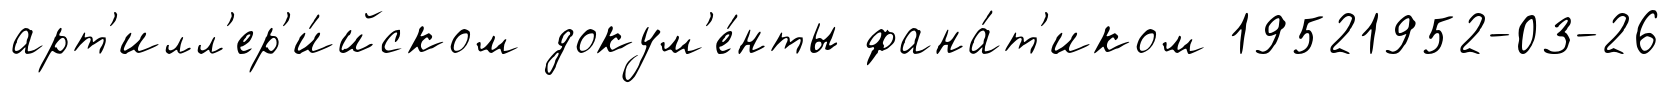
арт'илл'ер'и́йском докум'е́нты фана́т'иком 19521952-03-26